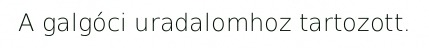
A galgóci uradalomhoz tartozott.